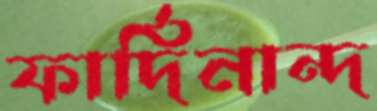
ফার্দিনান্দ